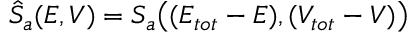
\hat { S } _ { a } ( E , V ) = S _ { a } \big ( ( E _ { t o t } - E ) , ( V _ { t o t } - V ) \big )